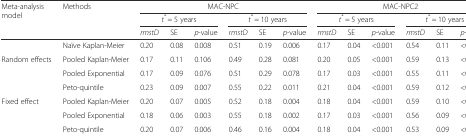
| <ROWSPAN=2> Meta-analysis model | <ROWSPAN=2> Methods | <COLSPAN=6> MAC-NPC | <COLSPAN=6> MAC-NPC2 |
 | <COLSPAN=3> t* = 5 years | <COLSPAN=3> t* = 10 years | <COLSPAN=3> t* = 5 years | <COLSPAN=3> t* = 10 years |
 | <COLSPAN=2>  | rmstD | SE | p-value | rmstD | SE | p-value | rmstD | SE | p-value | rmstD | SE | p-value |
 | --- | --- | --- | --- | --- | --- | --- | --- | --- | --- | --- | --- | --- | --- |
 |  | Naïve Kaplan-Meier | 0.20 | 0.08 | 0.008 | 0.51 | 0.19 | 0.006 | 0.17 | 0.04 | <0.001 | 0.54 | 0.11 | <0.001 |
 | <ROWSPAN=3> Random effects | Pooled Kaplan-Meier | 0.17 | 0.11 | 0.106 | 0.49 | 0.28 | 0.081 | 0.20 | 0.05 | <0.001 | 0.59 | 0.13 | <0.001 |
 | Pooled Exponential | 0.17 | 0.09 | 0.076 | 0.51 | 0.29 | 0.078 | 0.17 | 0.03 | <0.001 | 0.55 | 0.11 | <0.001 |
 | Peto-quintile | 0.23 | 0.09 | 0.007 | 0.55 | 0.22 | 0.011 | 0.21 | 0.04 | <0.001 | 0.59 | 0.12 | <0.001 |
 | <ROWSPAN=3> Fixed effect | Pooled Kaplan-Meier | 0.20 | 0.07 | 0.005 | 0.52 | 0.18 | 0.004 | 0.18 | 0.04 | <0.001 | 0.59 | 0.10 | <0.001 |
 | Pooled Exponential | 0.18 | 0.06 | 0.003 | 0.55 | 0.18 | 0.002 | 0.17 | 0.03 | <0.001 | 0.56 | 0.09 | <0.001 |
 | Peto-quintile | 0.20 | 0.07 | 0.006 | 0.46 | 0.16 | 0.004 | 0.18 | 0.04 | <0.001 | 0.53 | 0.09 | <0.001 |